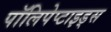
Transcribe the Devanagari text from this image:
पॉलिपेप्टाइड्स